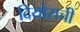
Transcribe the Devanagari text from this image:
दियोसची